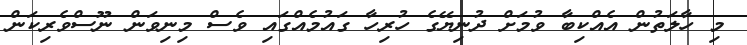
މި ހާލަތުން އެއްކިބާ ވުމަށް ދުނިޔޭގެ ހުރިހާ ގައުމެއްގައި ވެސް މިނިވަން ނޫސްވެރިކަން